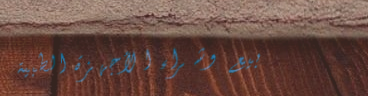
بيع وشراء الأجهزة الطبية